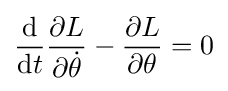
{\mathrm {d}  \over \mathrm {d} t}{\partial {L} \over \partial {\dot {\theta }}}-{\partial {L} \over \partial \theta }=0